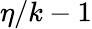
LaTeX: \eta/k-1